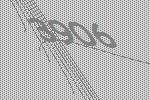
3906